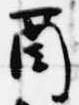
酉